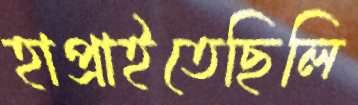
হাপ্‌রাইতেছিলি